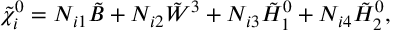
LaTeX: \tilde { \chi } _ { i } ^ { 0 } = N _ { i 1 } \tilde { B } + N _ { i 2 } \tilde { W } ^ { 3 } + N _ { i 3 } \tilde { H } _ { 1 } ^ { 0 } + N _ { i 4 } \tilde { H } _ { 2 } ^ { 0 } ,